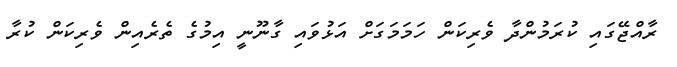
ރާއްޖޭގައި ކުރަމުންދާ ވެރިކަން ހަމަމަގަށް އަޅުވައި ގާނޫނީ އިމުގެ ތެރެއިން ވެރިކަން ކުރާ